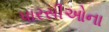
પારસીઓના